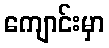
ကျောင်းမှာ